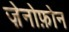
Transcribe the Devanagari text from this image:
ज़ेनोफ़ोन